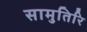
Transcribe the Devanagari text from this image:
सामुतिरि